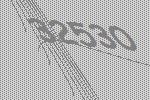
32530